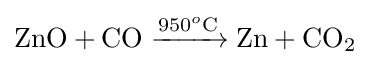
{\mathrm {ZnO} {}+{}\mathrm {CO} {}\mathrel {\xrightarrow {950{\vphantom {A}}^{o}\mathrm {C} } } {}\mathrm {Zn} {}+{}\mathrm {CO} {\vphantom {A}}_{\smash[{t}]{2}}}